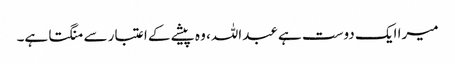
میرا ایک دوست ہے عبداللہ، وہ پیشے کے اعتبار سے منگتا ہے۔